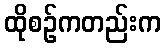
ထိုစဉ်ကတည်းက